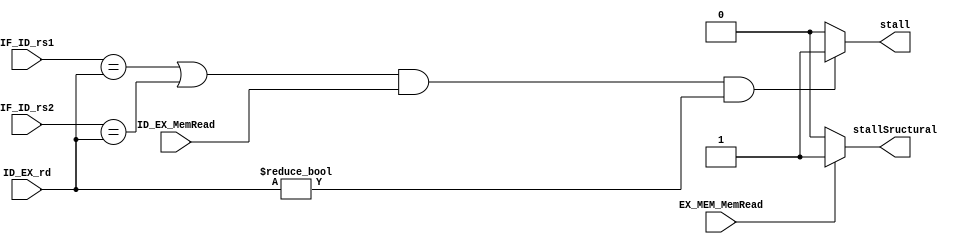
`timescale 1ns / 1ps



module hazard_detection_unit(
    input [4:0] IF_ID_rs1,
    input [4:0] IF_ID_rs2,
    input [4:0] ID_EX_rd,
    input ID_EX_MemRead,
    input EX_MEM_MemRead,
    output reg stall,
    output reg stallSructural

    );
    
    always @(*) begin

        if (((IF_ID_rs1 == ID_EX_rd) || (IF_ID_rs2 == ID_EX_rd)) && ID_EX_MemRead && (ID_EX_rd != 0))
            stall = 1;
        else
            stall = 0;
    end
    
    always @(*) begin
        if (EX_MEM_MemRead)
            stallSructural = 1;
        else
            stallSructural = 0;
    end
    
endmodule